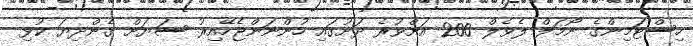
ހިސްޓަމިންގެ ނޯމަލް ލެވެލް 200 އަށްވުރެ ދަށުގައި ހުންނަންޖެހޭއިރު ސަޔަށް ގެންދިޔަ ކުޅި